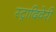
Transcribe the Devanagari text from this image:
स्ट्रादिवेरी